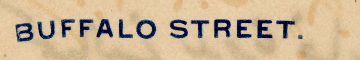
BUFFALO STREET.